Plague in India, 1896, 1897 - Volume 2
Year: 1896
Disease focus: Plague
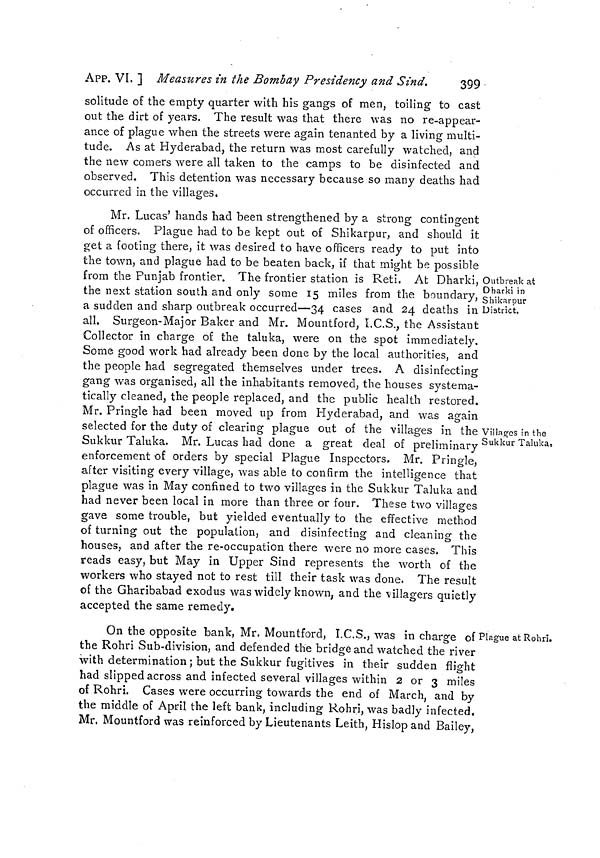
399
APP. VI. ] Measures in the Bombay Presidency and Sind.
solitude of the empty quarter with his gangs of men, toiling to cast
out the dirt of years. The result was that there was no re-appear-
ance of plague when the streets were again tenanted by a living multi-
tude. As at Hyderabad, the return was most carefully watched, and
the new comers were all taken to the camps to be disinfected and
observed. This detention was necessary because so many deaths had
occurred in the villages.
Outbreak at
Dharki in
Shikarpur
District.
Villages in the
Sukkur Taluka,
Mr. Lucas' hands had been strengthened by a strong contingent
of officers. Plague had to be kept out of Shikarpur, and should it
get a footing there, it was desired to have officers ready to put into
the town, and plague had to be beaten back, if that might be possible
from the Punjab frontier. The frontier station is Reti. At Dharki,
the next station south and only some 15 miles from the boundary,
a sudden and sharp outbreak occurred—34 cases and 24 deaths in
all. Surgeon-Major Baker and Mr. Mountford, I.C.S., the Assistant
Collector in charge of the taluka, were on the spot immediately.
Some good work had already been done by the local authorities, and
the people had segregated themselves under trees. A disinfecting
gang was organised, all the inhabitants removed, the houses systema-
tically cleaned, the people replaced, and the public health restored.
Mr. Pringle had been moved up from Hyderabad, and was again
selected for the duty of clearing plague out of the villages in the
Sukkur Taluka. Mr. Lucas had done a great deal of preliminary
enforcement of orders by special Plague Inspectors. Mr. Pringle,
after visiting every village, was able to confirm the intelligence that
plague was in May confined to two villages in the Sukkur Taluka and
had never been local in more than three or four. These two villages
gave some trouble, but yielded eventually to the effective method
of turning out the population, and disinfecting and cleaning the
houses, and after the re-occupation there were no more cases. This
reads easy, but May in Upper Sind represents the worth of the
workers who stayed not to rest till their task was done. The result
of the Gharibabad exodus was widely known, and the villagers quietly
accepted the same remedy.
Plague at Rohri.
On the opposite bank, Mr. Mountford, I.C.S., was in charge of
the Rohri Sub-division, and defended the bridge and watched the river
with determination; but the Sukkur fugitives in their sudden flight
had slipped across and infected several villages within 2 or 3 miles
of Rohri. Cases were occurring towards the end of March, and by
the middle of April the left bank, including Rohri, was badly infected.
Mr. Mountford was reinforced by Lieutenants Leith, Hislop and Bailey,